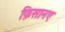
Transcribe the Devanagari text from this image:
फ़िसानए